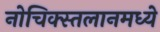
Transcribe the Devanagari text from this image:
नोचिक्स्तलानमध्ये